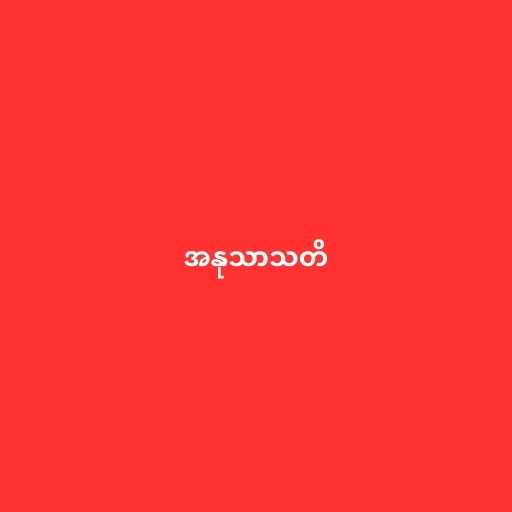
အနုသာသတိ